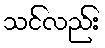
သင်လည်း